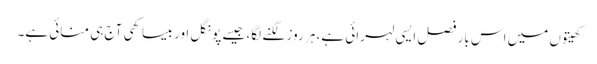
کھیتوں میں اس بار فصل ایسی لہرائی ہے، ہر روز لگنے لگا، جیسے پونگل اور بیساکھی آج ہی منائی ہے۔